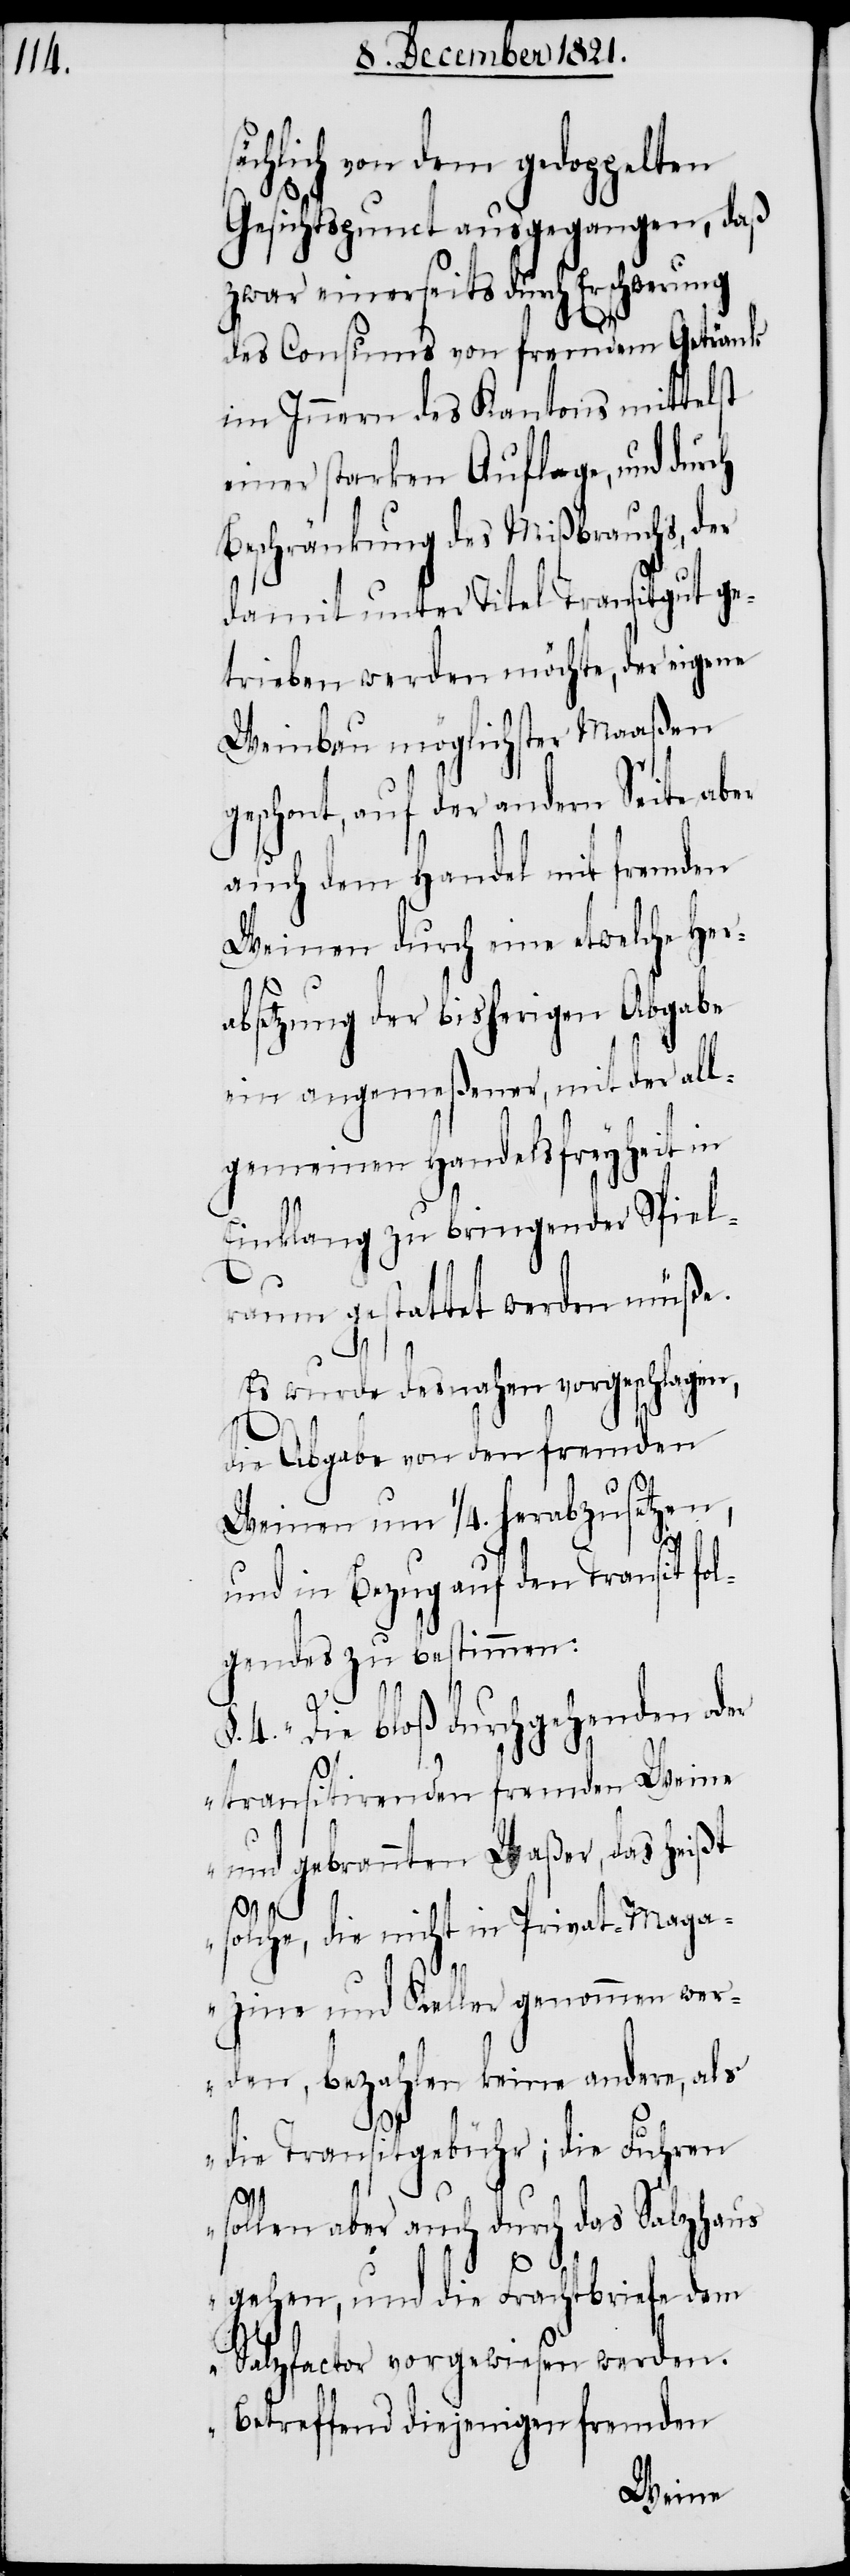
hlich von dem gedoppelten
Gesichtspunct ausgegangen, daß
zwar einerseits durch Erschwerung
des Consums von fremdem Getränk
im Innern des Kantons mittelst
einer starken Auflage, und durch
Beschränkung des Mißbrauchs, der
damit unter Titel Transitgut ge¬
trieben werden möchte, der eigene
Weinbau möglichster Maaßen
geschont, auf der andern Seite aber
auch dem Handel mit fremden
Weinen durch eine etwelche Her¬
absetzung der bisherigen Abgabe
ein angemeßener, mit der all¬
gemeinen Handelsfreyheit in
Einklang zu bringender Spiel¬
raum gestattet werden müße.
Es wurde desnahen vorgeschlagen,
die Abgabe von den fremden
Weinen um 1/4. herabzusetzen,
und in Bezug auf den Transit fol¬
gendes zu bestimmen:
4. „Die bloß durchgehenden der
transitirenden fremden Weine
und gebrannten Waßer, das heißt
solche, die nicht in Privat-Maga¬
zine und Keller genommen wer¬
den, bezahlen keine andere, als
die Transitgebühr; die Fuhren
sollen aber auch durch das Salzhaus
säc¬
gehen, und die Frachtbriefe dem
Salzfactor vorgewiesen werden.
Betreffend diejenigen fremden